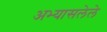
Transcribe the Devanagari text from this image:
अभ्यासलेले